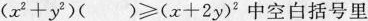
$$( x ^{2} + y^{2} ) () ≥ ( x + 2 y )^{2}$$中空白括号里